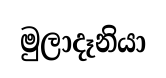
මුලාදෑනියා